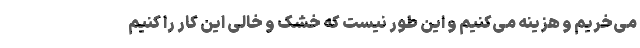
می‌خریم و هزینه می‌کنیم و این طور نیست که خشک و خالی این کار را کنیم